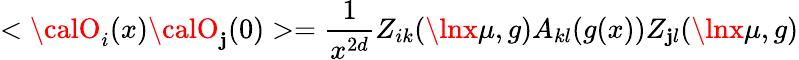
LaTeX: <{\calO}_{i}(x){\calO}_{\mathbf{j}}(0)>={\frac{{1}}{{x^{2d}}}}Z_{ik}(\lnx\mu,g)A_{kl}(g(x))Z_{\mathbf{j}l}(\lnx\mu,g)